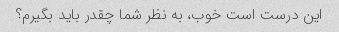
این درست است خوب، به نظر شما چقدر باید بگیرم؟